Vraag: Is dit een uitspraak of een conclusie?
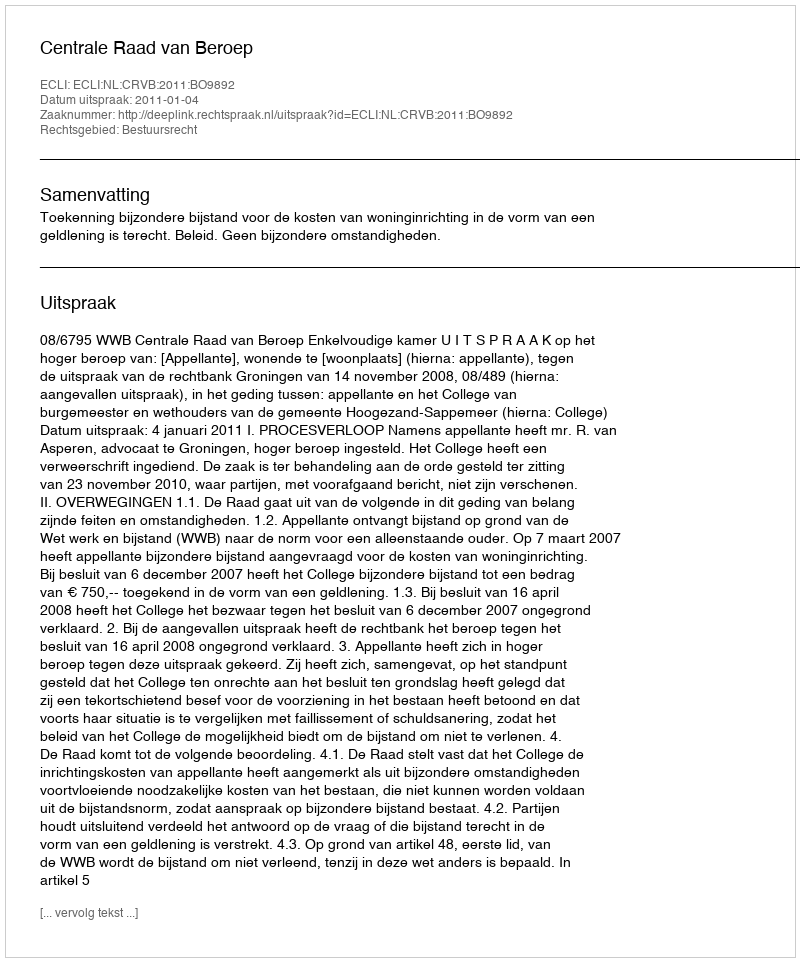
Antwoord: Uitspraak